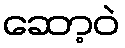
ဆော့ဝဲ